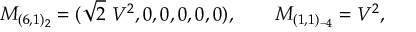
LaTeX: M _ { ( 6 , 1 ) _ { 2 } } = ( \sqrt { 2 } \ V ^ { 2 } , 0 , 0 , 0 , 0 , 0 ) , \qquad M _ { ( 1 , 1 ) _ { - 4 } } = V ^ { 2 } ,